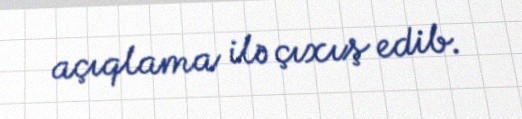
açıqlama ilə çıxış edib.